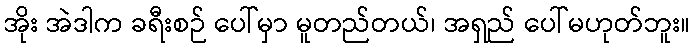
အိုး အဲဒါက ခရီးစဉ် ပေါ်မှာ မူတည်တယ်၊ အရှည် ပေါ်မဟုတ်ဘူး။